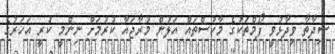
ޝިދާތާ ވިދާޅުވީ ފޯމްތަކުގެ މާކުސްތައް އަލުން މުރާޖައާ ކުރުމަށް ނިންމީ ކުރީ އަހަރުގެ